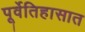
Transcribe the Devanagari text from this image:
पूर्वेतिहासात